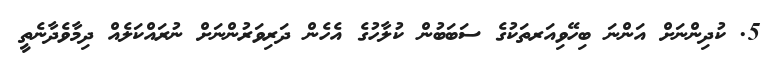
5. ކުދިންނަށް އަންނަ ބިހޭވިއަރތަކުގެ ސަބަބުން ކުލާހުގެ އެހެން ދަރިވަރުންނަށް ނުރައްކަލެއް ދިމާވެދާނެތީ